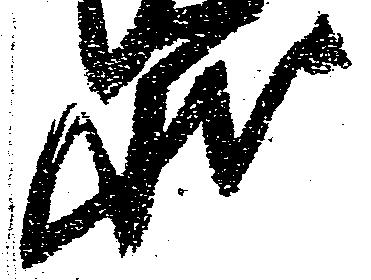
状